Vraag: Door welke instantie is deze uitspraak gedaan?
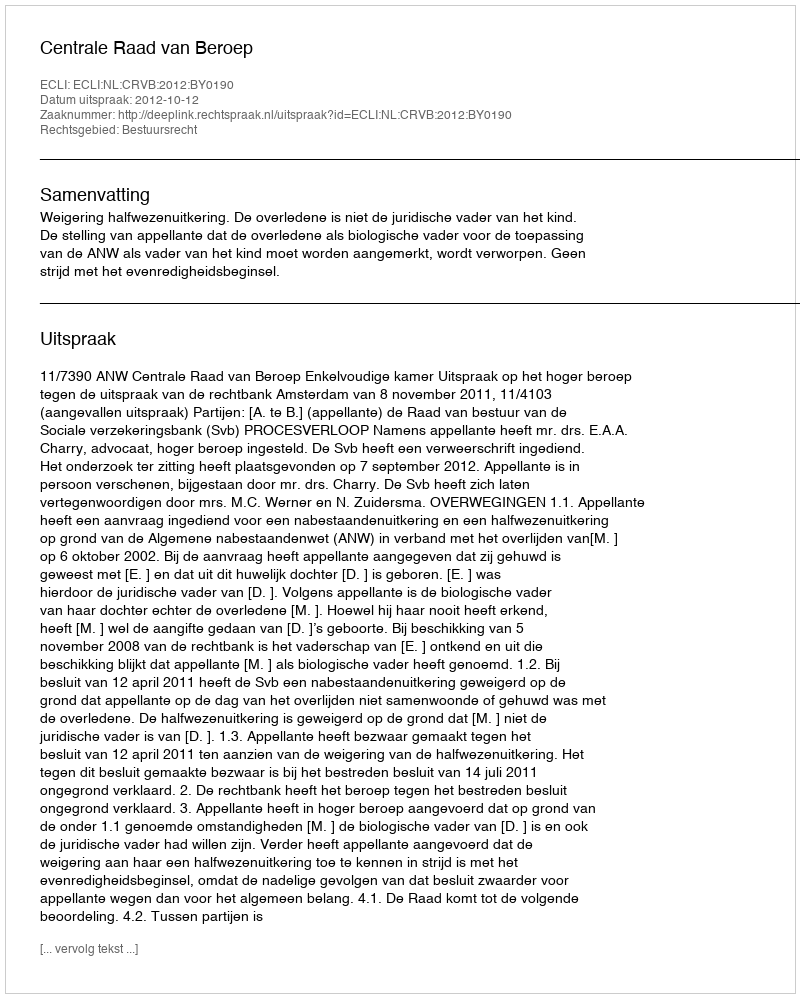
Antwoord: Centrale Raad van Beroep